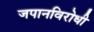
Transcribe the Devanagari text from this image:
जपानविरोधी